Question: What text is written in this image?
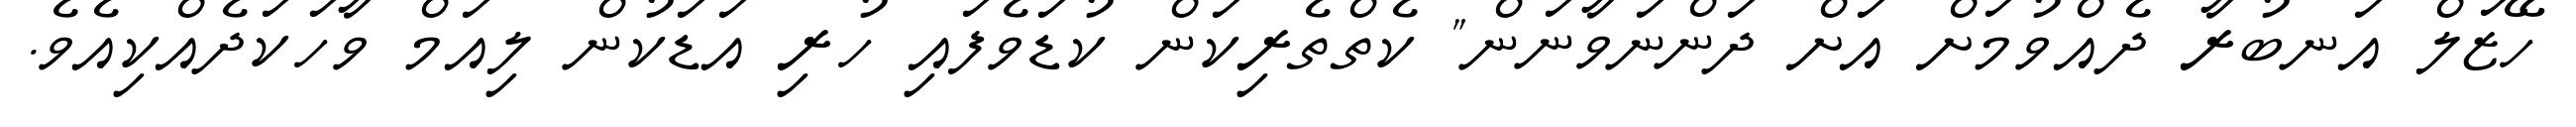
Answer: ހޭޒަލް އަނބުރާ ދެއްވުމަށް އަށް ދަންނަވާނަން" ކެތްތެރިކަން ކުޑަވެފައި ހުރި އަޑަކުން ލިއަމް ވާހަކަދެއްކިއެވެ.